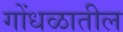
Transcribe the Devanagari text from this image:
गोंधळातील